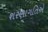
શરણાગતિએ